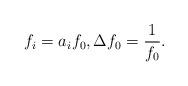
LaTeX: \begin{align*}f_i = a_i f_0,\Delta f_0 = \frac{1}{f_0} .\end{align*}